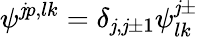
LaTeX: \psi^{\mathit{j}p,lk}=\delta_{\mathit{j},\mathit{j}\pm1}\psi_{lk}^{\mathit{j}\pm}